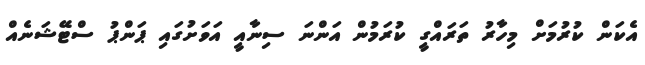
އެކަން ކުރުމަށް މިހާރު ތަރައްގީ ކުރަމުން އަންނަ ސިނާއީ އަވަށުގައި ޕަންޕު ސްޓޭޝަނެއް